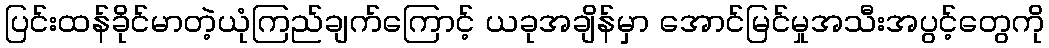
ပြင်းထန်ခိုင်မာတဲ့ယုံကြည်ချက်ကြောင့် ယခုအချိန်မှာ အောင်မြင်မှုအသီးအပွင့်တွေကို